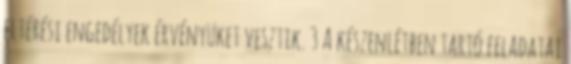
eltérési engedélyek érvényüket vesztik. 3 A készenlétben tartó feladatai